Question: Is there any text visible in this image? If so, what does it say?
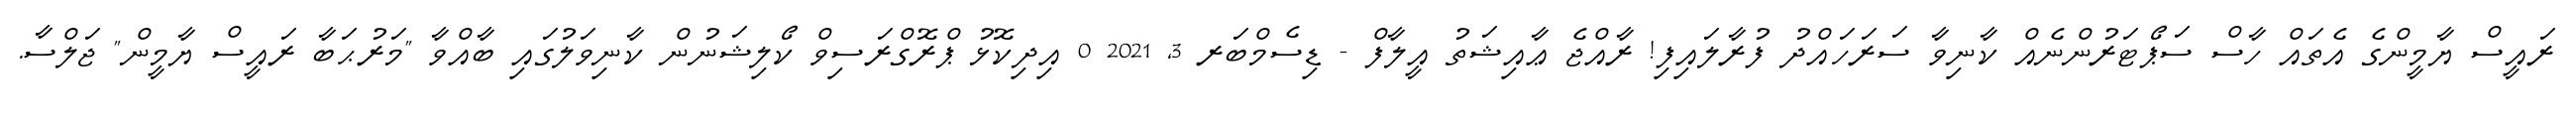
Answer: ރައީސް ޔާމީންގެ އެތައް ހާސް ސަޕޯޓަރުންނެއް ކާނިވާ ސަރަހައްދު ފުރާލައިފި! ރާއްޖެ ޢާއިޝަތު އީލާފް - ޑިސެމްބަރ 3, 2021 0 އިދިކޮޅު ޕްރޮގްރަސިވް ކޯލިޝަނުން ކާނިވަލުގައި ބާއްވާ "މަރުޙަބާ ރައީސް ޔާމީން" ޖަލްސާ.